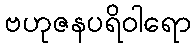
ဗဟုဇနပရိဝါရော